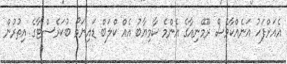
އެއަށްފަހު އަނެއްކާވެސް ރޫމޭނިއާގެ އެންމެ ކާމިޔާބު އެއް ކްލަބް ޑައިނަމޯ ބުކަރެސްޓާގެ އިތުރުން